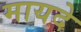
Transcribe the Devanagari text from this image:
मायदे